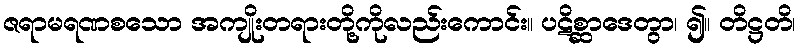
ဇရာမရဏစသော အကျိုးတရားတို့ကိုလည်းကောင်း။ ပဋိစ္ဆာဒေတွာ၊ ၍။ တိဋ္ဌတိ၊